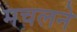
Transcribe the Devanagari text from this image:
मचलने